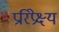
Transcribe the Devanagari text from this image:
प्ररिप्रेक्ष्य